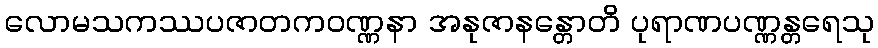
လောမသကဿပဇာတကဝဏ္ဏနာ အနုဇာနန္တောတိ ပုရာဏပဏ္ဏန္တရေသု